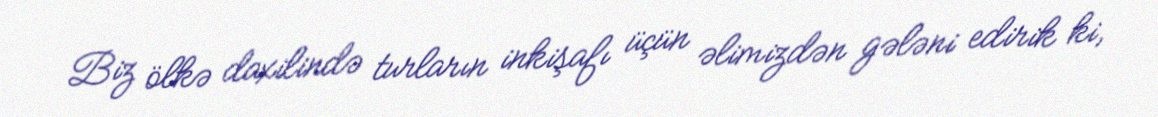
Biz ölkə daxilində turların inkişafı üçün əlimizdən gələni edirik ki,